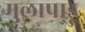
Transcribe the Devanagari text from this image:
मुलापाडू